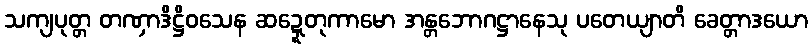
သကျပုတ္တ တဏှာဒိဋ္ဌိဝသေန ဆဍ္ဍေတုကာမော အန္တဘောဂဋ္ဌာနေသု ပတေယျာတိ ခေတ္တာဒယော